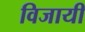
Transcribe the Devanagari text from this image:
विजायी